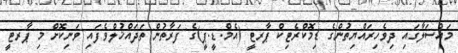
މައްސަލާގައި ދިވެހިރައްޔިތުންގެ ޑިމޮކްރެޓިކް ޕާރޓީ (އެމް.ޑީ.ޕީ)ގެ ފަރާތުން ތަދައްޚުލްވެފައި ވަނިކޮށް މި ޕާރޓީ